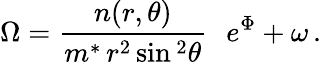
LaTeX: \Omega=\frac{n(r,\theta)}{m^{*}\, r^{2}\sin{}^{2}\theta}\, \, \, \, e^{\Phi}+\omega\, .